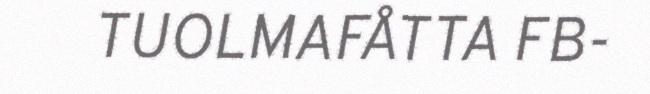
TUOLMAFÅTTA FB-